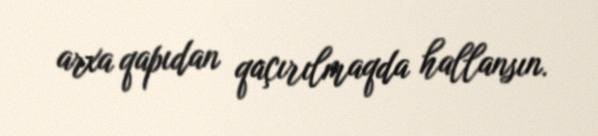
arxa qapıdan qaçırılmaqda hallansın.